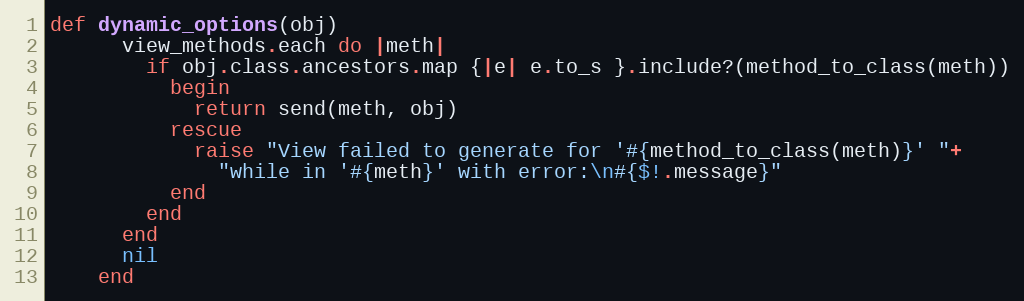
Language: Ruby
def dynamic_options(obj)
      view_methods.each do |meth|
        if obj.class.ancestors.map {|e| e.to_s }.include?(method_to_class(meth))
          begin
            return send(meth, obj)
          rescue
            raise "View failed to generate for '#{method_to_class(meth)}' "+
              "while in '#{meth}' with error:\n#{$!.message}"
          end
        end
      end
      nil
    end